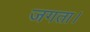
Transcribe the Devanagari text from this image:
जगता।